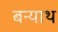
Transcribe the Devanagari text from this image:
बन्याथ